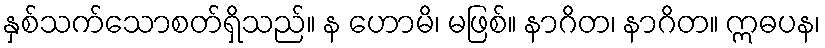
နှစ်သက်သောစတ်ရှိသည်။ န ဟောမိ၊ မဖြစ်။ နာဂိတ၊ နာဂိတ။ ဣဓပန၊